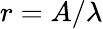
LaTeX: r=A/\lambda